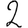
Digit: 2